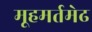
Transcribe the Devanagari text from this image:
मूहमर्तमेढ